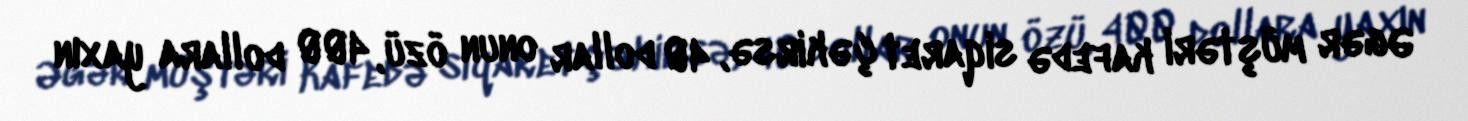
Əgər müştəri kafedə siqaret çəkirsə, 40 dollar onun özü, 400 dollara yaxın